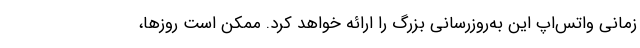
زمانی واتس‌اپ این به‌روزرسانی بزرگ را ارائه خواهد کرد. ممکن است روزها،